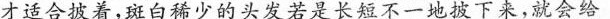
才适合披着，斑白稀少的头发若是长短不一地披下来，就会给